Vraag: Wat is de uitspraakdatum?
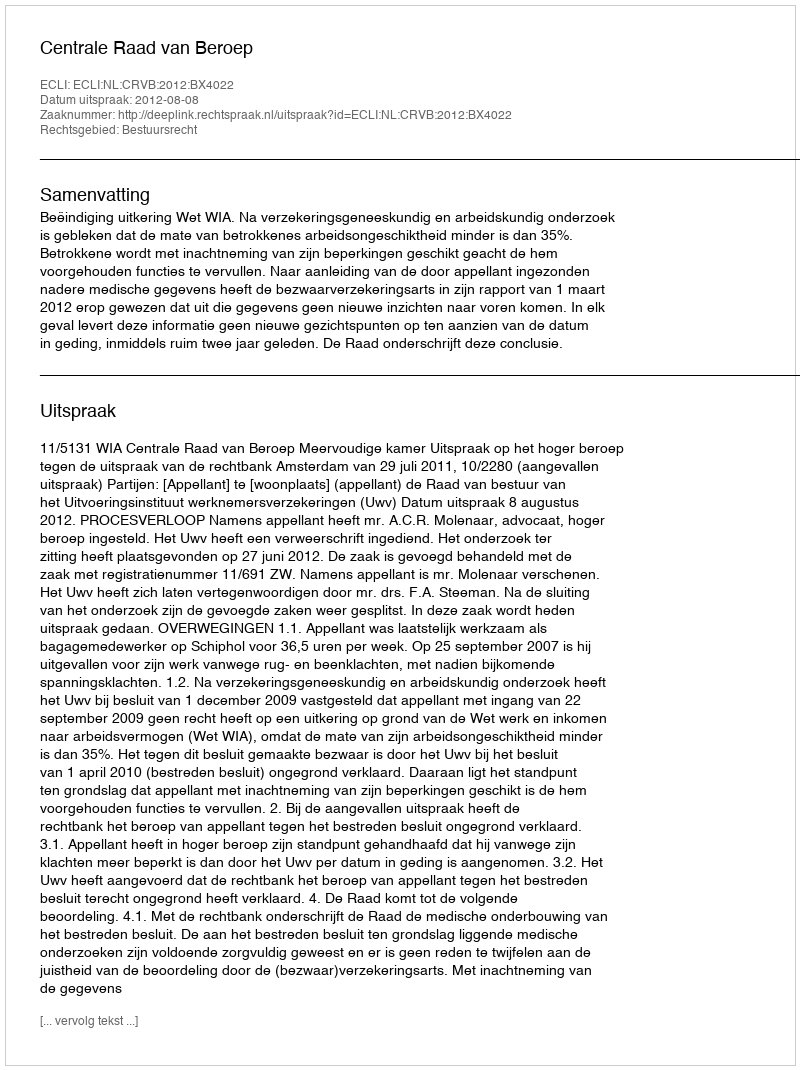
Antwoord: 2012-08-08